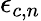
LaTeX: \epsilon_{c,n}